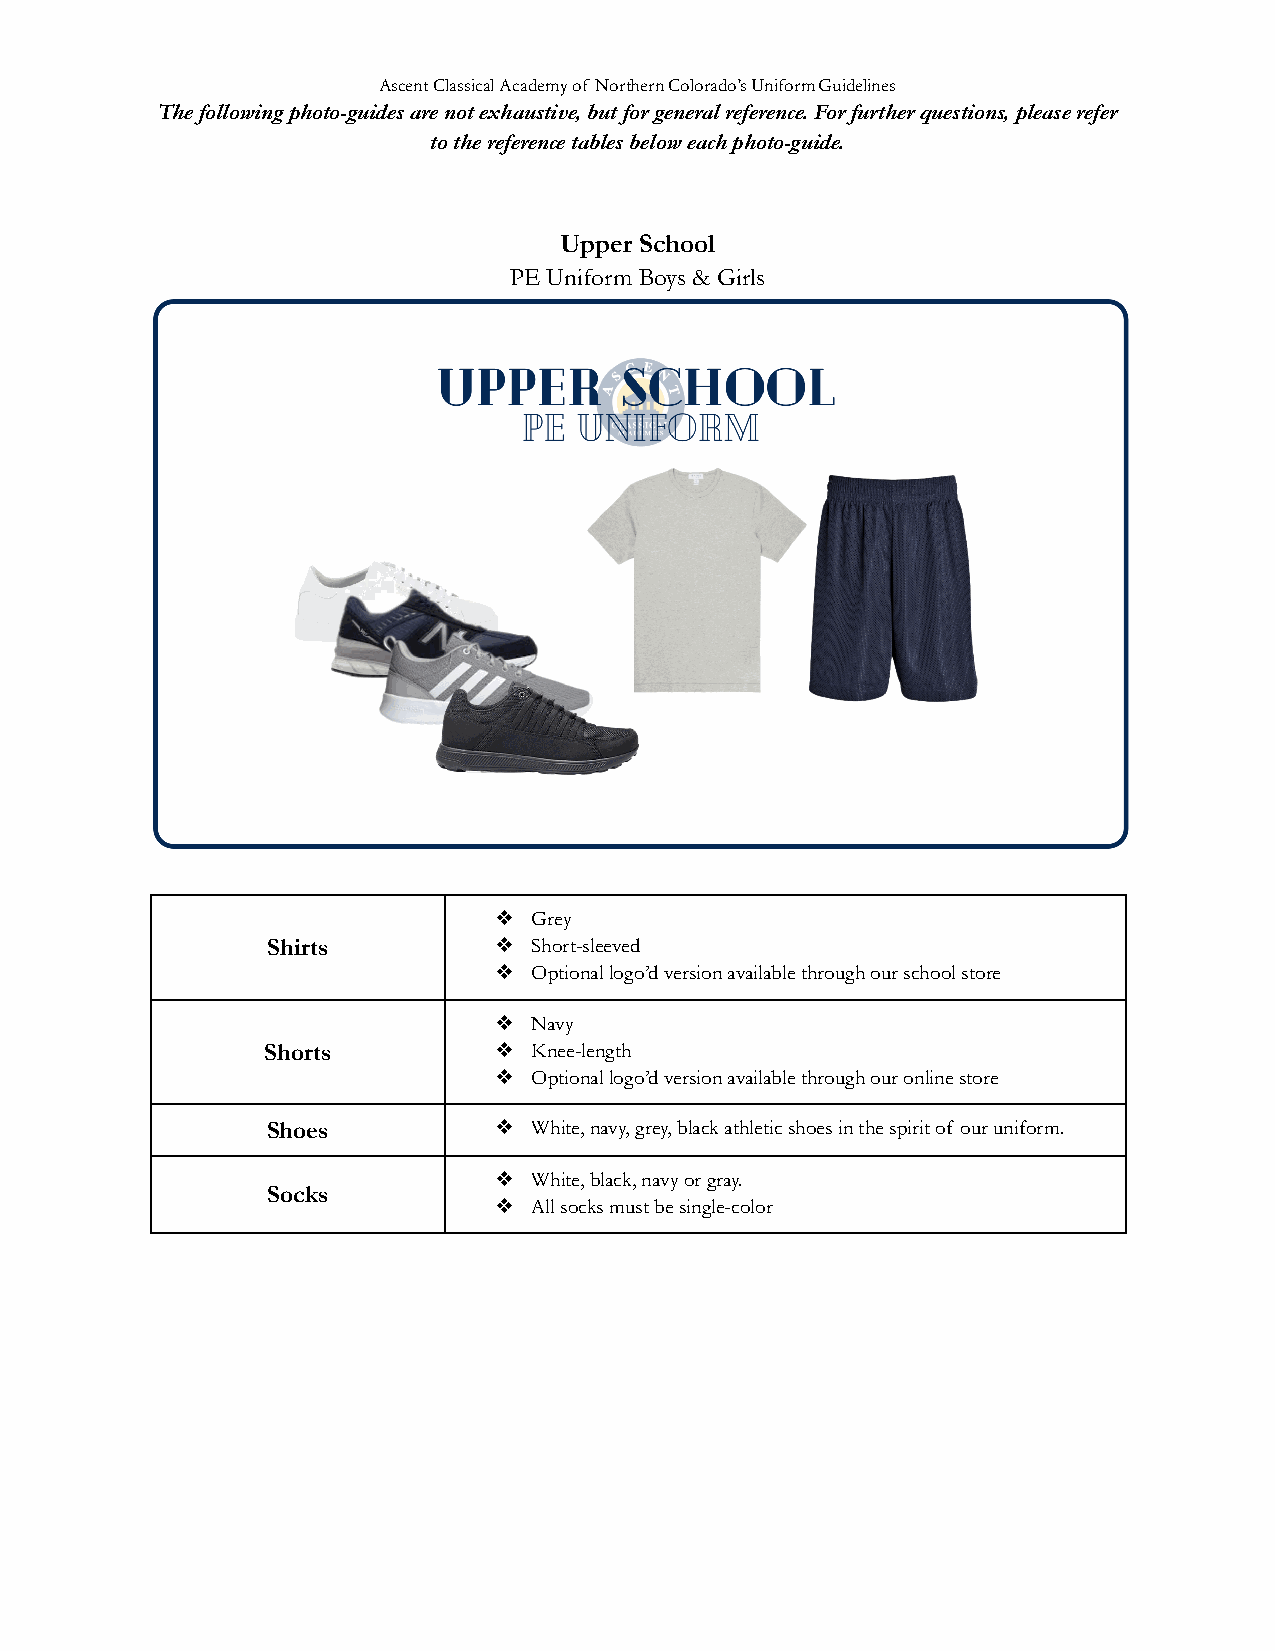
Ascent Classical Academy of Northern Colorado’s UniformGuidelines
 The following photo-guides are not exhaustive, butfor general reference. For further questions, pleaserefer
 to the reference tables below each photo-guide.
 Upper School
 PE Uniform Boys & Girls
 ❖ Grey
 Shirts         ❖ Short-sleeved
 ❖ Optional logo’d version available through our schoolstore
 ❖ Navy
 Shorts          ❖ Knee-length
 ❖ Optional logo’d version available through our onlinestore
 Shoes          ❖ White, navy, grey, black athletic shoes in the spiritof our uniform.
 ❖ White, black, navy or gray.
 Socks
 ❖ All socks must be single-color